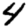
Digit: 4